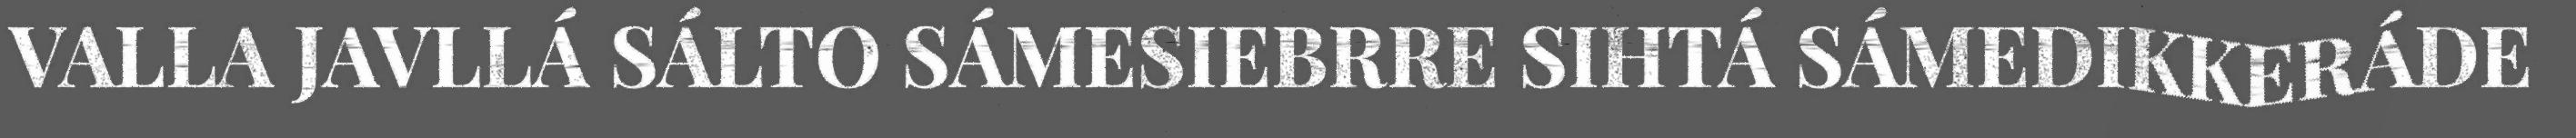
VALLA JAVLLÁ SÁLTO SÁMESIEBRRE SIHTÁ SÁMEDIKKERÁDE